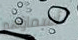
أسماؤهم